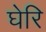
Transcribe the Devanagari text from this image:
घेरि